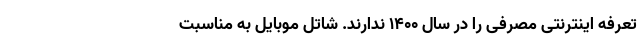
تعرفه اینترنتی مصرفی را در سال ۱۴۰۰ ندارند. شاتل موبایل به مناسبت